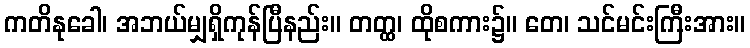
ကတိနုခေါ၊ အဘယ်မျှရှိကုန်ပြီနည်း။ တတ္ထ၊ ထိုစကား၌။ တေ၊ သင်မင်းကြီးအား။